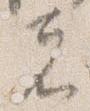
者